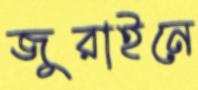
জুরাইনে